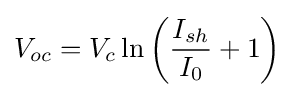
V_{oc}=V_{c}\ln \left({\frac {I_{sh}}{I_{0}}}+1\right)